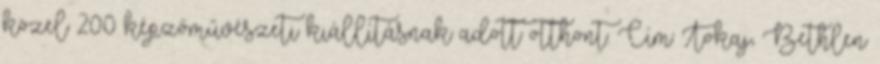
közel 200 képzőművészeti kiállításnak adott otthont. Cím: Tokaj, Bethlen